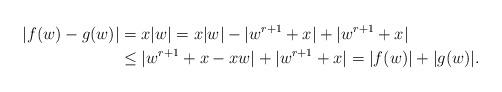
LaTeX: \begin{align*}\vert f(w)-g(w)\vert &= x\vert w\vert = x\vert w\vert -\vert w^{r+1}+x\vert+\vert w^{r+1}+x\vert\\&\leq \vert w^{r+1}+x-xw\vert +\vert w^{r+1}+x\vert =\vert f(w)\vert + \vert g(w)\vert. \end{align*}